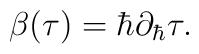
\beta(\tau)=\hbar \partial_{\hbar}\tau.